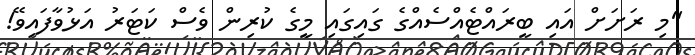
"މި ރަށަށް އައި ބީރައްޓެއްސެއްގެ ގައިގައި މީގެ ކުރިން ވެސް ކަޓަރު އަޅުވާފައިވޭ!